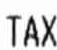
TAX